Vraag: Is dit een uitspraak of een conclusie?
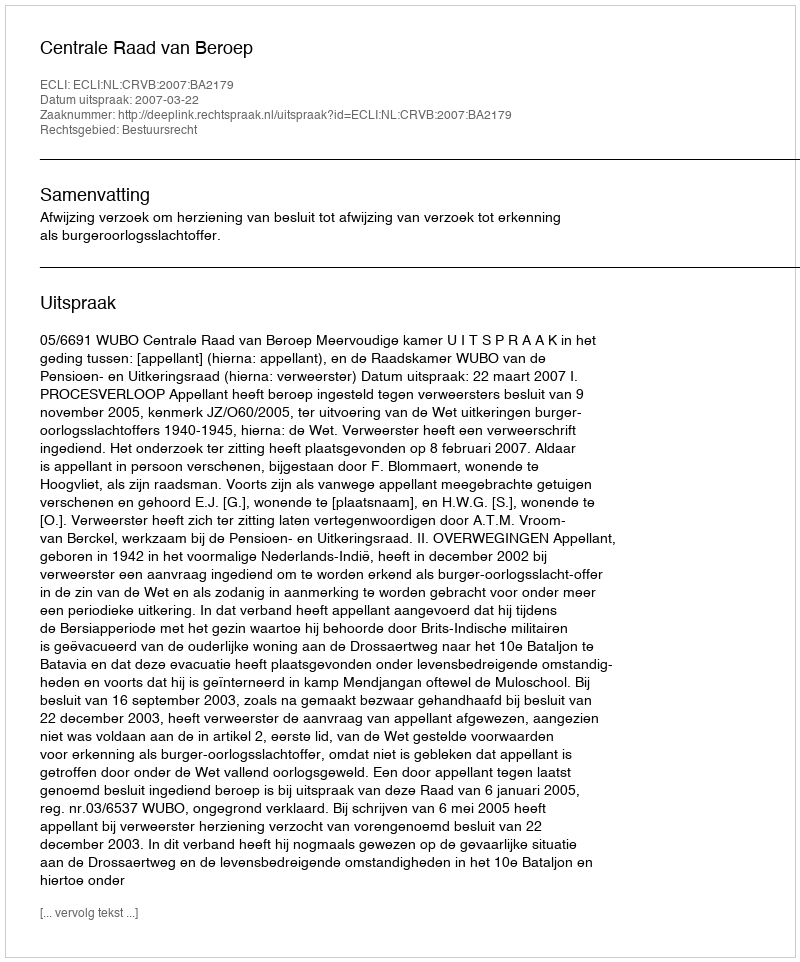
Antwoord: Uitspraak